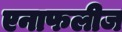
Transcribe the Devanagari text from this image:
एनाफलीज